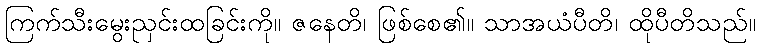
ကြက်သီးမွေးညှင်းထခြင်းကို။ ဇနေတိ၊ ဖြစ်စေ၏။ သာအယံပီတိ၊ ထိုပီတိသည်။